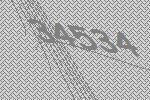
34534